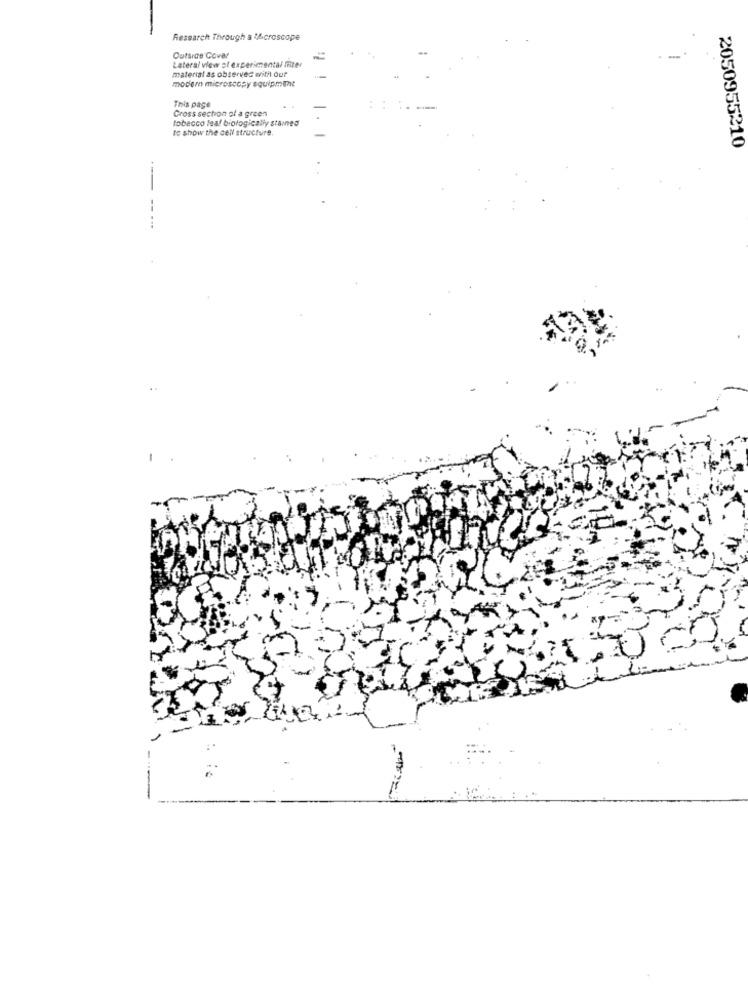
Research Through a &&croscope
Outsras Cover
Lateral view of experimental miter
material as observed with our
modern microscopy equipment
Cross section of a green
This page
tobacco leaf biologically stamned
lo show the cell structure.
2050955210
--
...